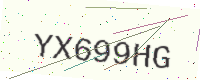
Text: YX699HG